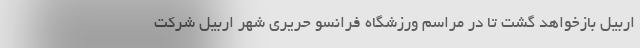
اربیل بازخواهد گشت تا در مراسم ورزشگاه فرانسو حریری شهر اربیل شرکت